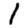
Digit: 1